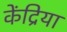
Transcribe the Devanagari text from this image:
केंद्रिया